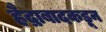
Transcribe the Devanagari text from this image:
हैद्राबादकडून